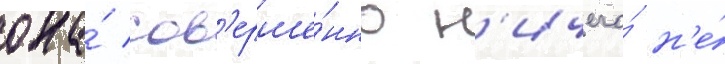
она́ сов'ерше́нно н'ичего́ н'е́